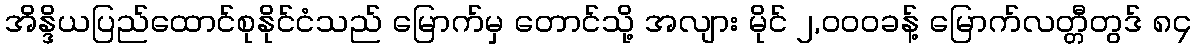
အိန္ဒိယပြည်ထောင်စုနိုင်ငံသည် မြောက်မှ တောင်သို့ အလျား မိုင် ၂,၀၀၀ခန့် မြောက်လတ္တီတွဒ် ၈၄